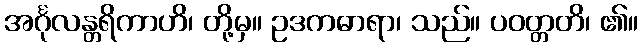
အင်္ဂုလန္တရိကာဟိ၊ တို့မှ။ ဥဒကဓာရာ၊ သည်။ ပဝတ္တတိ၊ ၏။